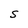
Character: S